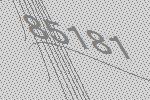
85181